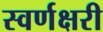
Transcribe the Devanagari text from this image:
स्वर्णक्षरी